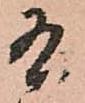
有